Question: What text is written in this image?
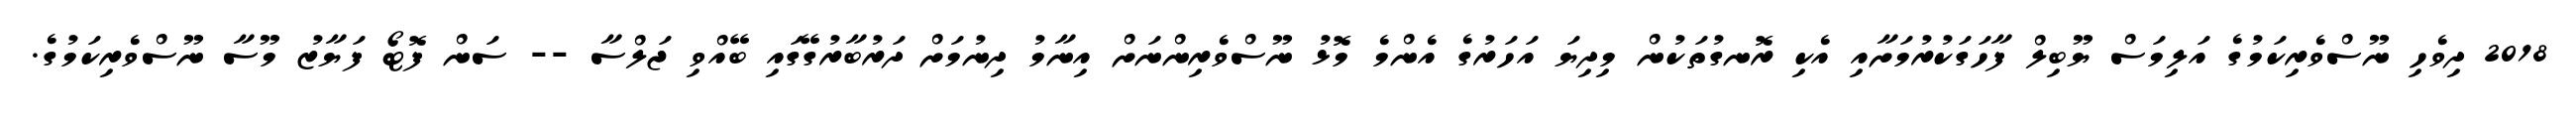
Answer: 2018 ދިވެހި ނޫސްވެރިކަމުގެ އަލިމަސް ޔޫބިލް ފާހަގަކުރުމަށާއި އެކި ރޮނގުތަކުން މިދިޔަ އަހަރުގެ އެންމެ މޮޅު ނޫސްވެރިންނަށް އިނާމު ދިނުމަށް ދަރުބާރުގޭގައި ބޭއްވި ޖަލްސާ -- ސަން ފޮޓޯ ފަޔާޒު މޫސާ ނޫސްވެރިކަމުގެ.